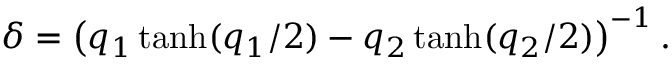
\delta = \left( q _ { 1 } \operatorname { t a n h } ( q _ { 1 } / 2 ) - q _ { 2 } \operatorname { t a n h } ( q _ { 2 } / 2 ) \right) ^ { - 1 } .